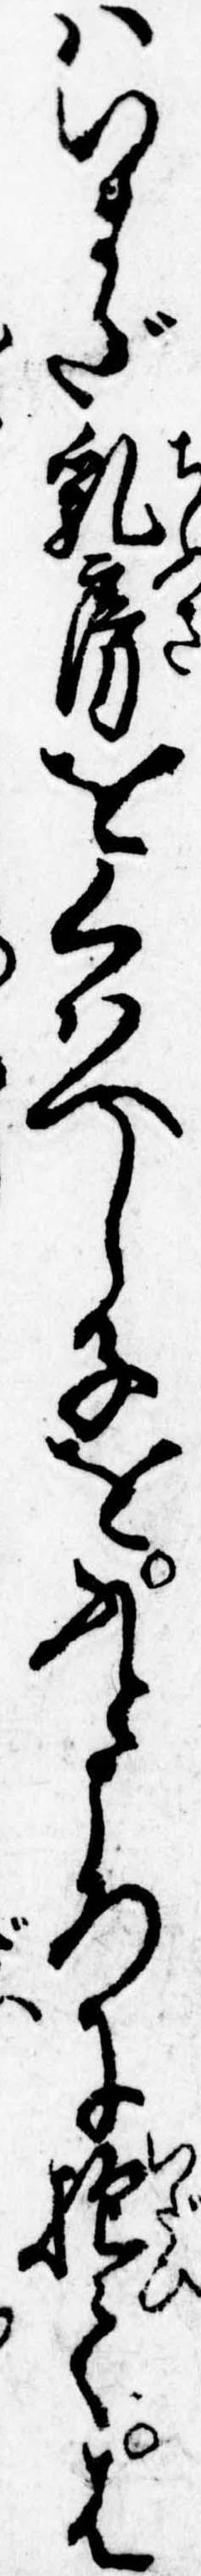
はいまだ乳房をくはへし子をふところに抱ては